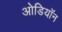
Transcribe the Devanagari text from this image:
ओडियॉन